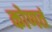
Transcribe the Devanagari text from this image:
कोणतं